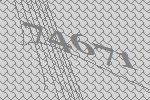
74671